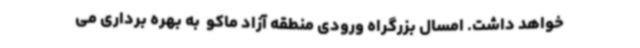
خواهد داشت. امسال بزرگراه ورودی منطقه آزاد ماکو  به بهره برداری می